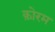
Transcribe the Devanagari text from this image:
क़ोरम